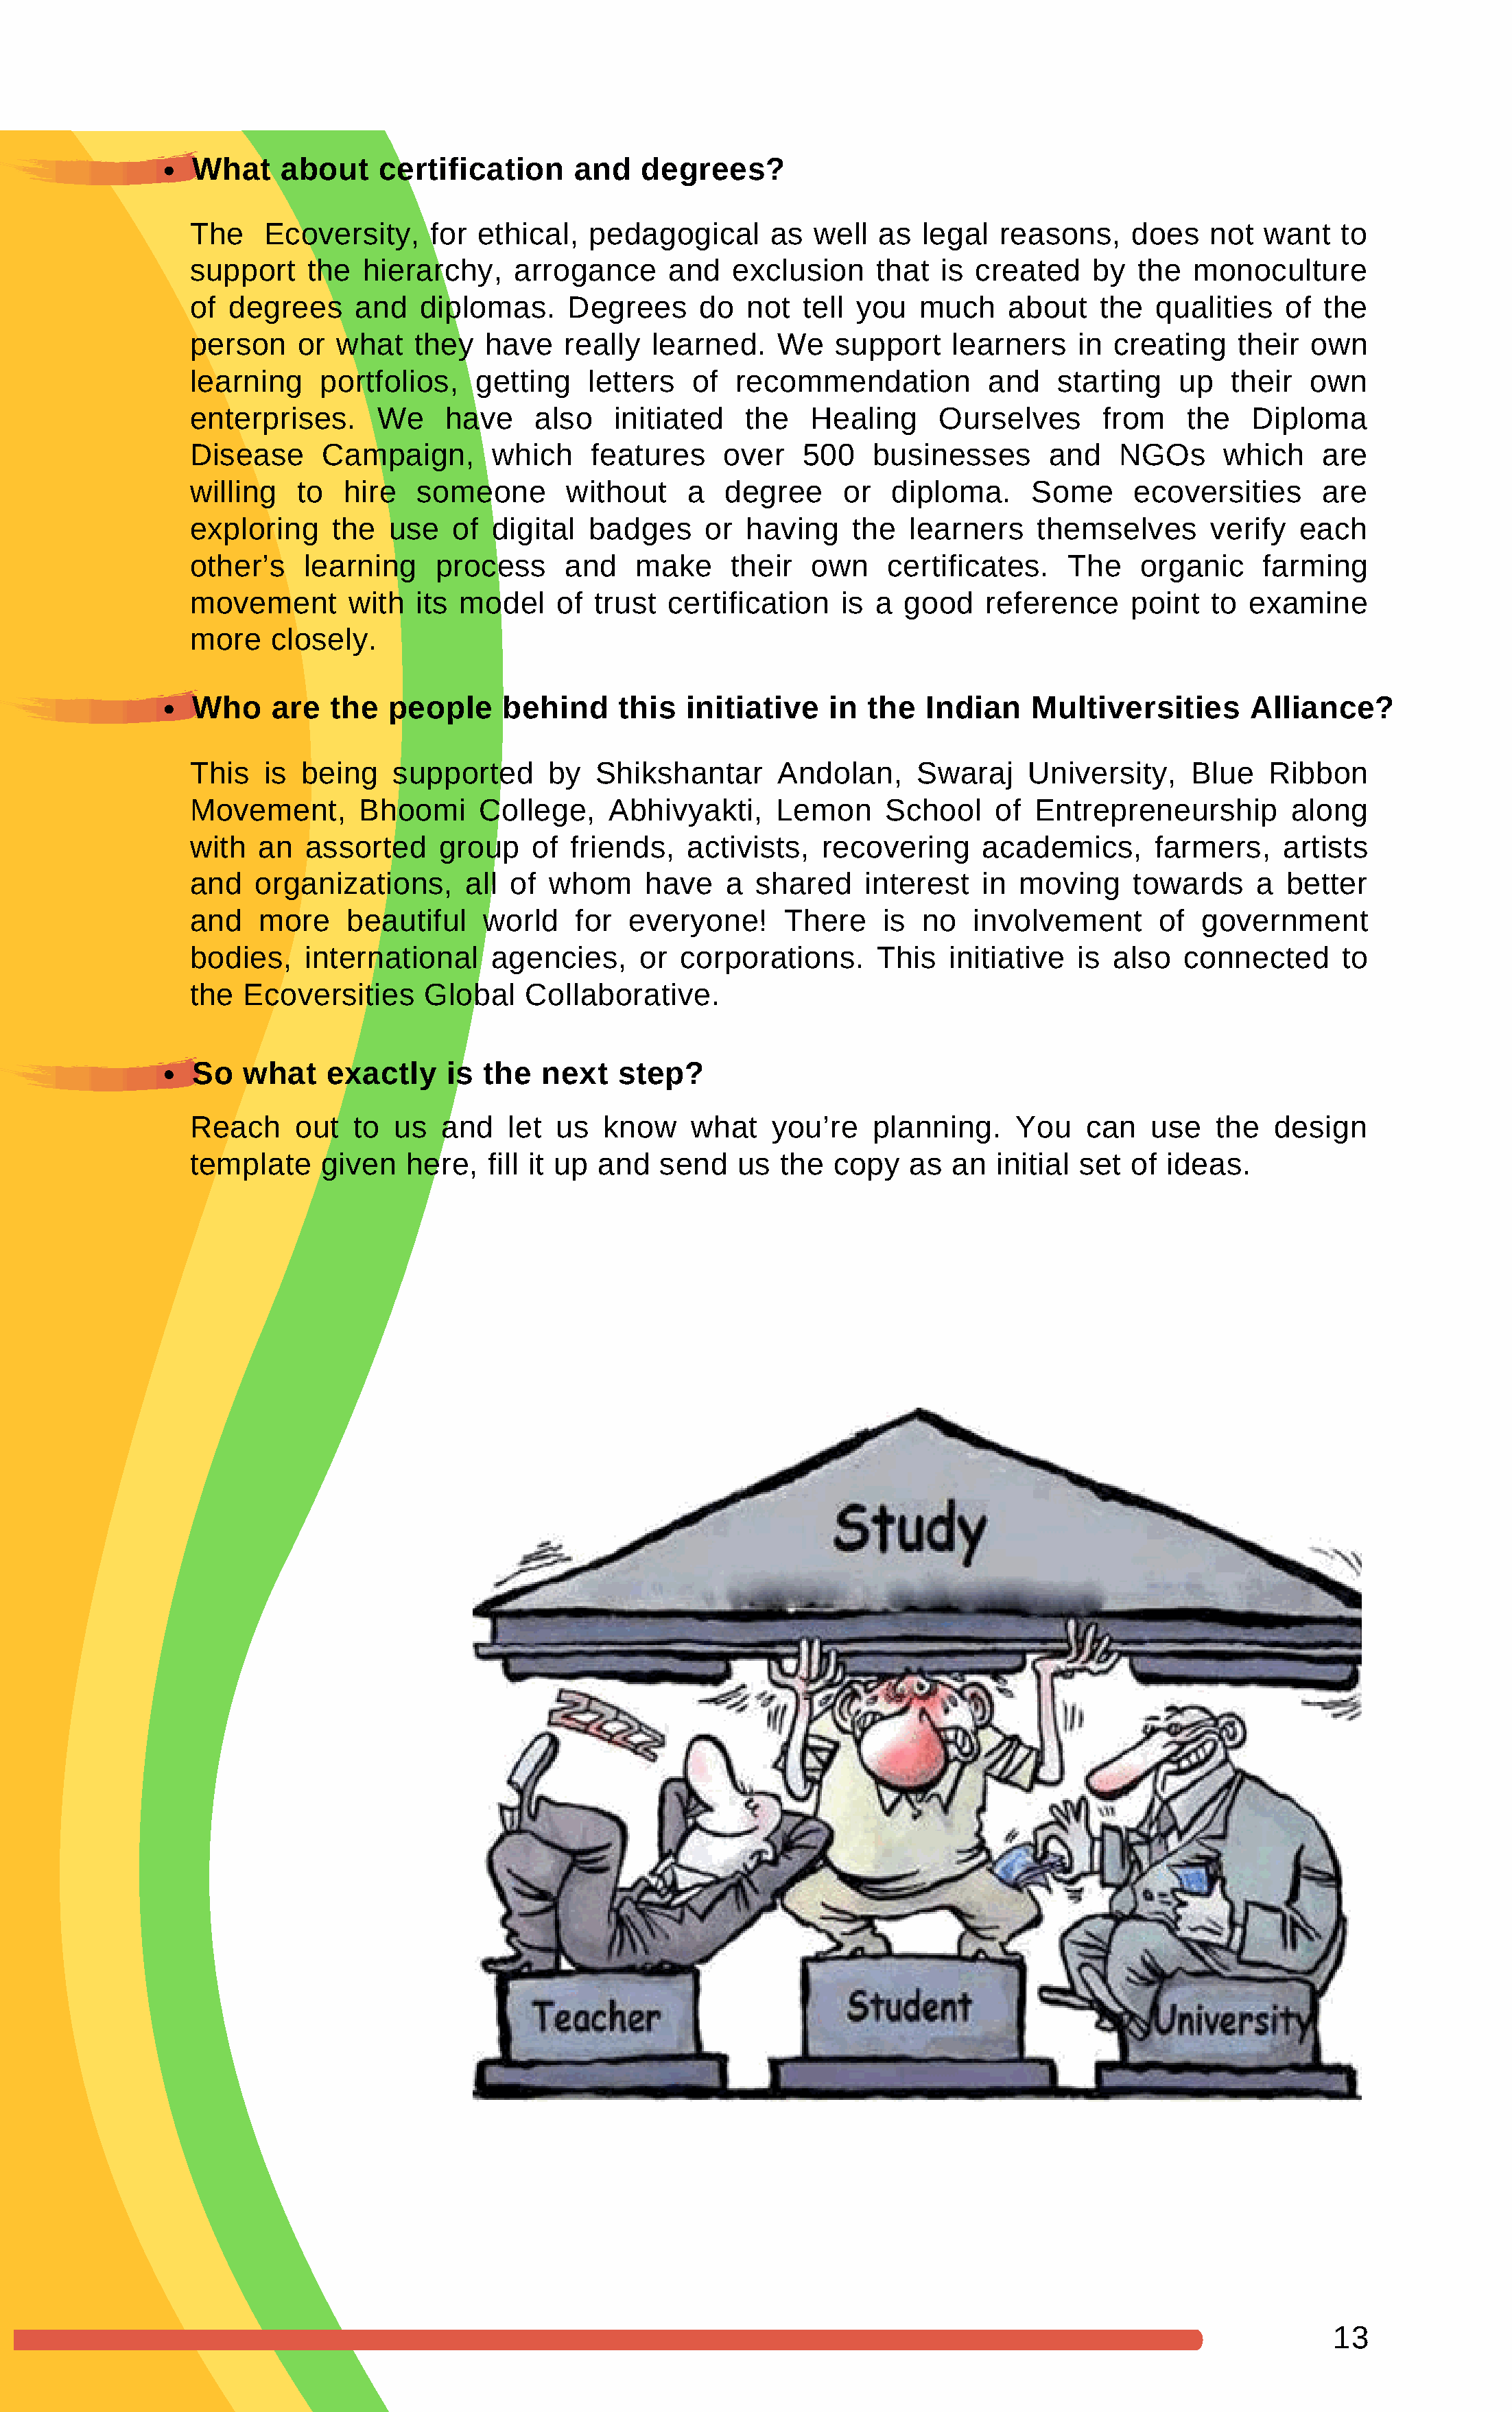
What    about     certification     and    degrees?
 The    Ecoversity,     for  ethical,   pedagogical      as  well   as  legal  reasons,     does    not  want   to
 support     the  hierarchy,     arrogance     and    exclusion     that  is created    by   the  monoculture
 of  degrees     and   diplomas.      Degrees     do   not  tell  you   much    about    the  qualities    of  the
 person     or what    they   have   really   learned.    We    support    learners    in creating    their  own
 learning     portfolios,    getting    letters   of  recommendation          and    starting    up   their  own
 enterprises.      We     have     also   initiated    the   Healing      Ourselves      from    the    Diploma
 Disease      Campaign,       which     features     over   500    businesses       and    NGOs      which     are
 willing    to  hire   someone        without    a   degree     or   diploma.     Some      ecoversities       are
 exploring     the  use    of digital   badges     or  having    the   learners    themselves       verify  each
 other’s    learning     process     and    make     their   own     certificates.    The    organic     farming
 movement        with  its model     of trust  certification    is a  good    reference     point   to examine
 more    closely.
 Who    are   the  people     behind      this  initiative    in  the  Indian    Multiversities        Alliance?
 This   is  being    supported      by  Shikshantar       Andolan,     Swaraj     University,     Blue   Ribbon
 Movement,        Bhoomi     College,     Abhivyakti,     Lemon     School     of  Entrepreneurship         along
 with   an  assorted     group    of  friends,   activists,   recovering      academics,      farmers,     artists
 and    organizations,      all of  whom     have    a  shared    interest    in moving     towards     a  better
 and    more    beautiful     world   for   everyone!      There    is  no   involvement       of  government
 bodies,    international     agencies,      or  corporations.      This   initiative  is also   connected      to
 the  Ecoversities      Global    Collaborative.
 So  what    exactly     is  the  next    step?
 Reach     out   to  us   and   let  us  know     what   you’re    planning.     You    can   use   the   design
 template     given   here,   fill it up and   send   us  the  copy    as  an  initial set  of  ideas.
 13